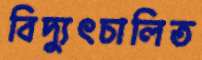
বিদ্যুৎচালিত